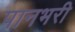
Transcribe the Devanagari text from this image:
पानभरी